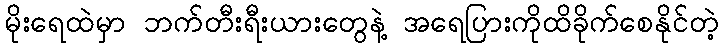
မိုးရေထဲမှာ ဘက်တီးရီးယားတွေနဲ့ အရေပြားကိုထိခိုက်စေနိုင်တဲ့